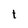
Character: t